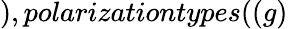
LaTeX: ),polarizationtypes((g)